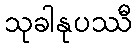
သုခါနုပဿီ